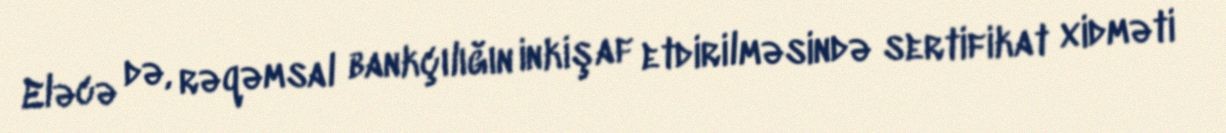
Eləcə də, rəqəmsal bankçılığın inkişaf etdirilməsində sertifikat xidməti